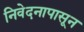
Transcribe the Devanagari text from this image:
निवेदनापासून